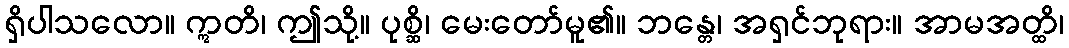
ရှိပါသလော။ ဣတိ၊ ဤသို့။ ပုစ္ဆိ၊ မေးတော်မူ၏။ ဘန္တေ၊ အရှင်ဘုရား။ အာမအတ္ထိ၊